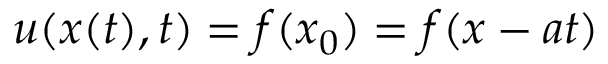
u ( x ( t ) , t ) = f ( x _ { 0 } ) = f ( x - a t )